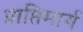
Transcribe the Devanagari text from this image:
प्राप्तिमार्ग